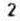
2